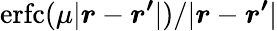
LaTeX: \mathrm{erfc}(\mu|\boldsymbol{r}-\boldsymbol{r^{\prime}}|)/|\boldsymbol{r}-\boldsymbol{r^{\prime}}|